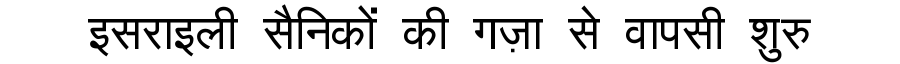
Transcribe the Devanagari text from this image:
इसराइली सैनिकों की गज़ा से वापसी शुरु